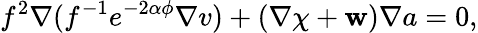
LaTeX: f^{2}\nabla(f^{-1}e^{-2\alpha\phi}\nabla v)+(\nabla\chi+{\mathbf w})\nabla a=0,